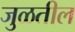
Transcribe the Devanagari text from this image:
जुळतील